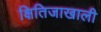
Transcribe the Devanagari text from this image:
क्षितिजाखाली